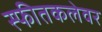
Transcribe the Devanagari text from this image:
स्फीतकलेवर